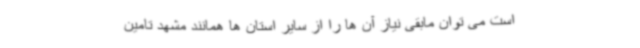
است می توان مابقی نیاز آن ها را از سایر استان ها همانند مشهد تامین